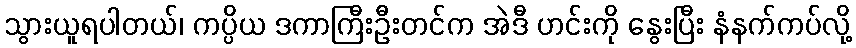
သွားယူရပါတယ်၊ ကပ္ပိယ ဒကာကြီးဦးတင်က အဲဒီ ဟင်းကို နွေးပြီး နံနက်ကပ်လို့